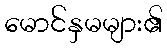
မောင်နှမများ၏